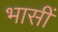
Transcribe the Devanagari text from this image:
भासीं